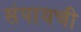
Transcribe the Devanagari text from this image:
संपायची